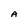
Character: A